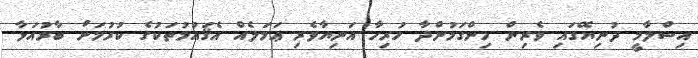
އިސްލާމީ ދުނިޔޭގައި ވެރިން ހިންގަމުންދާ ހުރިހާ އަނިޔާވެރި ޢަމަލެއް އެޤައުމުތަކުގެ ކުރުމަށް ބާރުއަޅާ